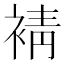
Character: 𧚫